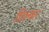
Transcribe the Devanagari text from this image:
छिल्कर